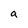
Character: a